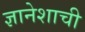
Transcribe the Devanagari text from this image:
ज्ञानेशाची